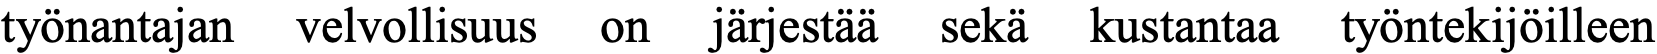
työnantajan velvollisuus on järjestää sekä kustantaa työntekijöilleen